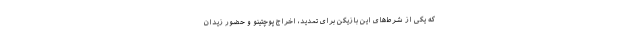
که یکی از شرط‌های این بازیکن برای تمدید، اخراج پوچتینو و حضور زیدان